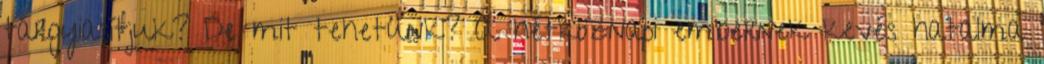
tárgyiasítjuk? De mit tehetünk? A hétköznapi embernek kevés hatalma